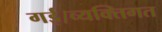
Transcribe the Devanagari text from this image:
गई।व्यक्तिगत